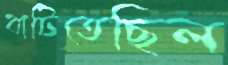
বাটিতেছিল